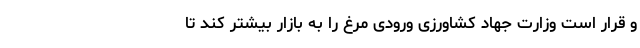
و قرار است وزارت جهاد کشاورزی ورودی مرغ را به بازار بیشتر کند تا